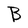
Character: B